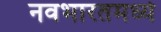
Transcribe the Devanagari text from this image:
नवभारतमध्ये